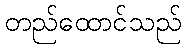
တည်ထောင်သည်